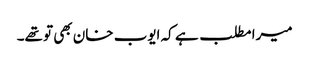
میرا مطلب ہے کہ ایوب خان بھی تو تھے۔